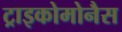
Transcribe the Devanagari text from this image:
ट्राइकोमोनैस